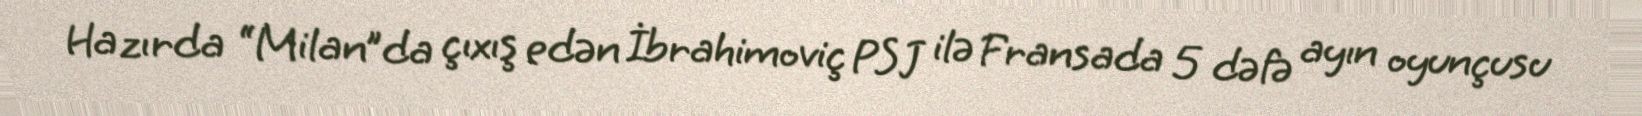
Hazırda “Milan”da çıxış edən İbrahimoviç PSJ ilə Fransada 5 dəfə ayın oyunçusu